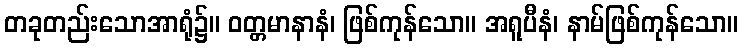
တခုတည်းသောအာရုံ၌။ ဝတ္တမာနာနံ၊ ဖြစ်ကုန်သော။ အရူပီနံ၊ နာမ်ဖြစ်ကုန်သော။